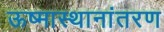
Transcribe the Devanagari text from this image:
ऊष्मास्थानांतरण